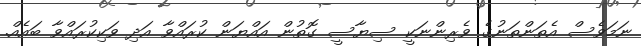
ނަމަވެސް އެތަންތަނުގެ ވެރިންނަކީ ސިޔާސީ ގޮތުން އައްޔަން ކުރައްވާ އަދި ވަކިކުރައްވާ ބައެއް.